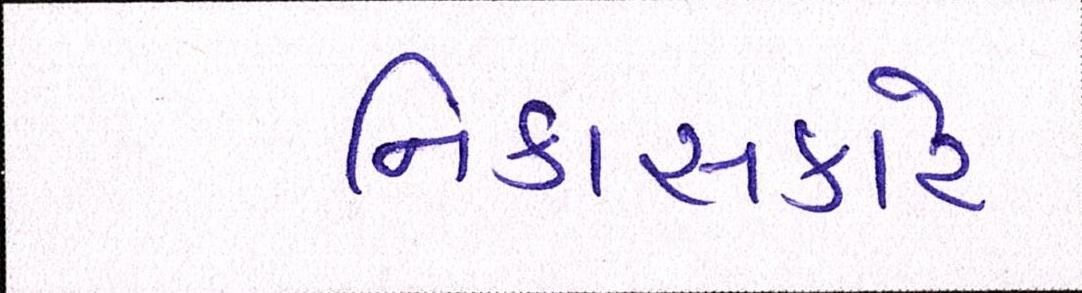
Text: નિકાસકારે